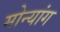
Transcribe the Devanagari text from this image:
मोन्यांग